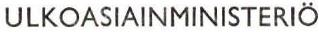
ULKOASIAINMINISTERIÖ